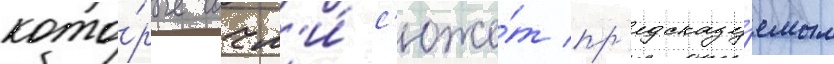
кото́рые сочл'и́ с'юже́т пр'едсказу́емым